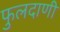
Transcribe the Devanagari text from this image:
फुलदाणी